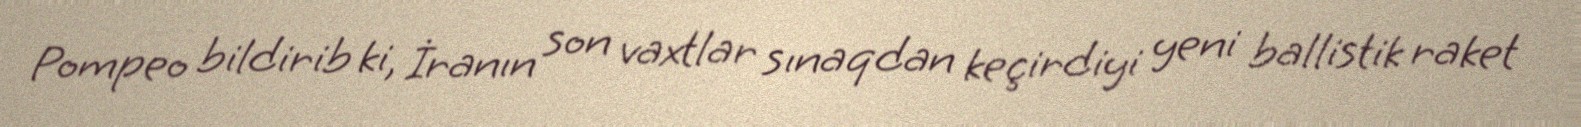
Pompeo bildirib ki, İranın son vaxtlar sınaqdan keçirdiyi yeni ballistik raket